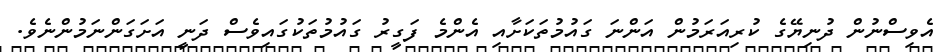
އެވިސްނުން ދުނިޔޭގެ ކުރިއަރަމުން އަންނަ ގައުމުތަކަށާއި އެންމެ ފަގީރު ގައުމުތަކުގައިވެސް ދަނީ އަށަގަންނަމުންނެވެ.